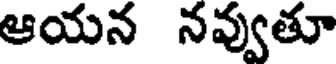
ఆయన నవ్వుతూ